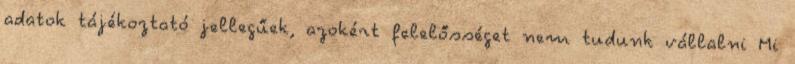
adatok tájékoztató jellegűek, azokért felelősséget nem tudunk vállalni Mi